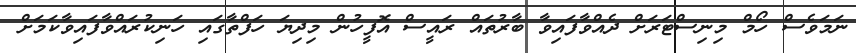
ނަމަވެސް ހޯމް މިނިސްޓަރަށް ދެއްވާފައިވާ ބާރުތައް ރައީސް އޮފީހުން މިދިޔަ ހަފްތާގައި ހަނިކުރައްވާފައިވާކަމަށް